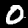
Digit: 0